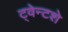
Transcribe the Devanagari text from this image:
ट्वेन्टशे